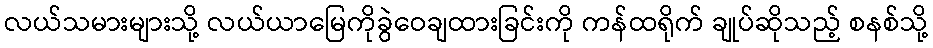
လယ်သမားများသို့ လယ်ယာမြေကိုခွဲဝေချထားခြင်းကို ကန်ထရိုက် ချုပ်ဆိုသည့် စနစ်သို့